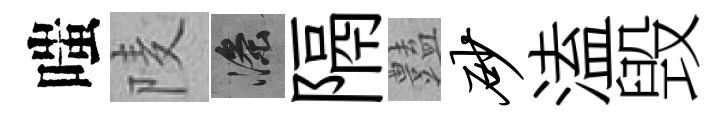
嗤𨹧滌隔𧰟砂溘毁